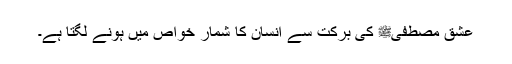
عشقِ مصطفیﷺ کی برکت سے انسان کا شمار خواص میں ہونے لگتا ہے۔